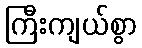
ကြီးကျယ်စွာ